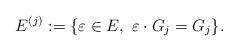
LaTeX: \begin{align*}E^{(j)}:=\{\varepsilon \in E, \ \varepsilon \cdot G_j =G_j\}.\end{align*}